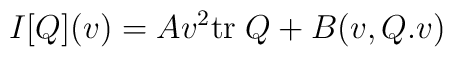
I[Q](v)=Av^2\mbox{tr}\;Q +B(v, Q.v)\\[5pt]